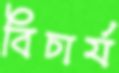
বিচার্য